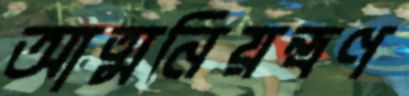
আত্মনিয়ন্ত্রণ